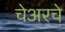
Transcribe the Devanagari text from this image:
चेअरचे